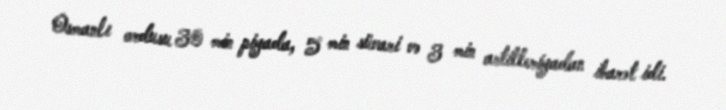
Osmanlı ordusu 30 min piyada, 5 min süvari və 3 min artilleriyadan ibarət idi.